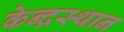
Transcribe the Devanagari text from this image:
केन्द्रस्थान